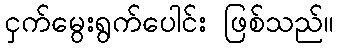
ငှက်မွေးရွက်ပေါင်း ဖြစ်သည်။